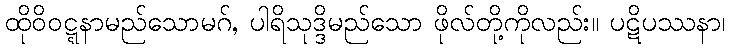
ထိုဝိဝဋ္ဋနာမည်သောမဂ်, ပါရိသုဒ္ဒိမည်သော ဖိုလ်တို့ကိုလည်း။ ပဋိပဿနာ၊